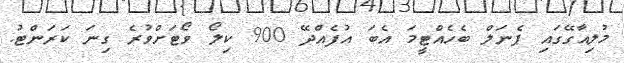
މުލިއާގޭގައި ޕެނަލް ބެހެއްޓީމަ އެބަ އުފެއްދޭ 900 ކިލޯ ވޯޓަށްވުރެ ގިނަ ކަރަންޓު.